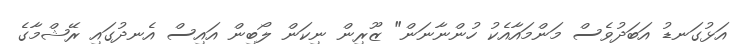
އަޅުގަނޑު އަބަދުވެސް މަންމައާއެކު ހުންނާނަން" ޒޫރިން ނިކަން ލޯބިން އައިސް އެނދުގައި ރޭޝްމާގެ